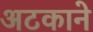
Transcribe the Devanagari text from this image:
अटकाने